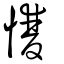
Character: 𢥠